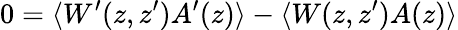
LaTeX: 0=\langle W^{\prime}(z,z^{\prime})A^{\prime}(z)\rangle-\langle W(z,z^{\prime})A(z)\rangle